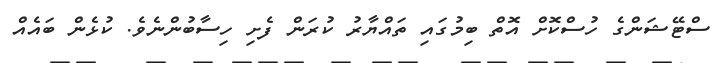
ސްޓޭޝަންގެ ހުސްކޮށް އޮތް ބިމުގައި ތައްޔާރު ކުރަން ފެށި ހިސާބުންނެވެ. ކުޅެން ބައެއް